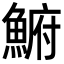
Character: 𩸅